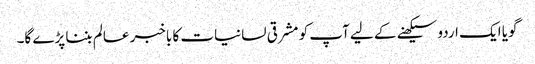
گویا ایک اردو سیکھنے کے لیے آپ کو مشرقی لسانیات کا باخبر عالم بننا پڑے گا۔